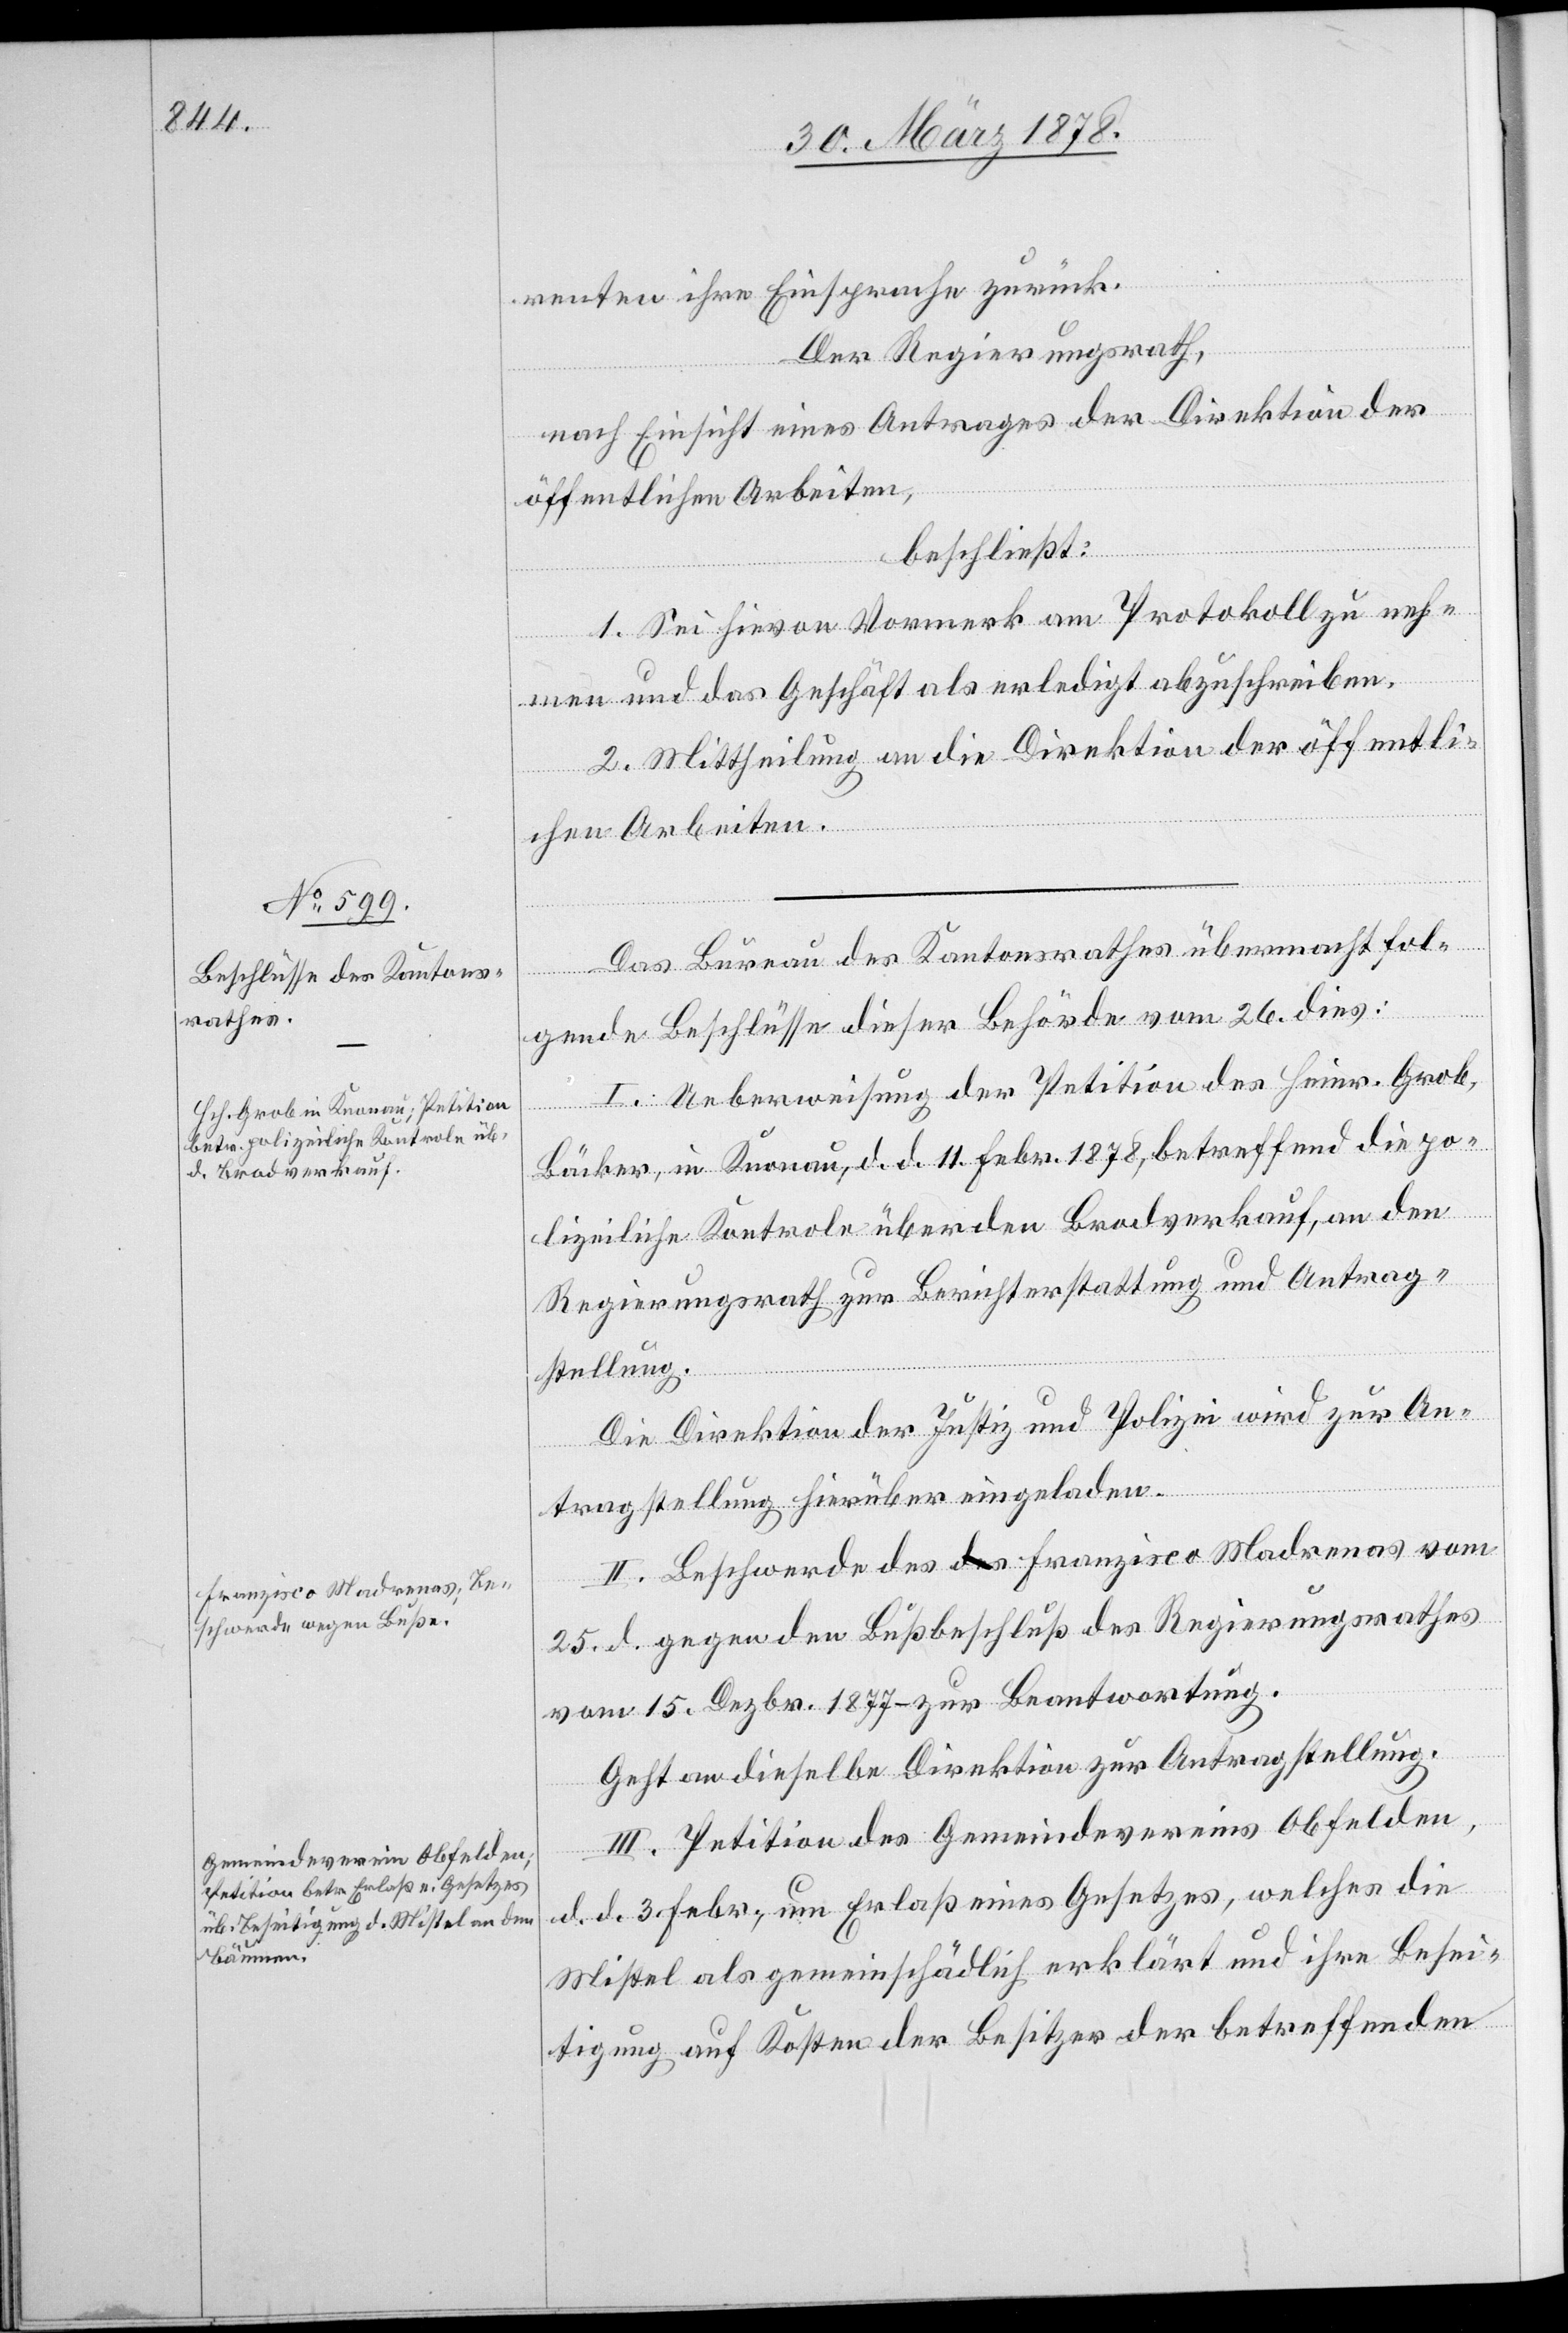
renten ihre Einsprache zurück.
Der Regierungsrath,
nach Einsicht eines Antrages der Direktion der
öffentlichen Arbeiten,
beschließt:
1. Sei hievon Vormerk am Protokoll zu neh¬
men und das Geschäft als erledigt abzuschreiben.
2. Mittheilung an die Direktion der öffentli¬
chen Arbeiten.
Das Bureau des Kantonsrathes übermacht fol¬
[Fortset¬
gende Beschlüsse dieser Behörde vom 26. dies:
I. Ueberweisung der Petition des Heinr. Grob,
Bäcker, in Knonau, d. d. 11. Febr. 1878, betreffend die po¬
lizeiliche Kontrole über den Brodverkauf, an den
Regierungsrath zur Berichterstattung und Antrag¬
stellung.
Die Direktion der Justiz und Polizei wird zur An¬
tragstellung hierüber eingeladen.
II. Beschwerde des Franzisco [sic!] Madrenas vom
25. d. gegen den Bußbeschluß des Regierungsrathes
vom 15. Dezbr. 1877 – zur Beantwortung.
Geht an dieselbe Direktion zur Antragstellung.
III. Petition des Gemeindevereins Obfelden,
d. d. 3. Febr., um Erlaß eines Gesetzes, welches die
Mistel als gemeinschädlich erklärt und ihre Besei¬
tigung auf Kosten der Besitzer der betreffenden

zung